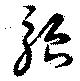
駘